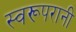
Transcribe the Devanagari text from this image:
स्वरूपरानी